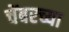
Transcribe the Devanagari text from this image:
चेंबरच्या